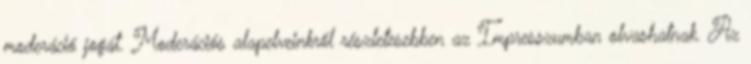
moderáció jogát. Moderációs alapelveinkről részletesebben az Impresszumban olvashatnak. Az